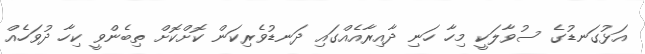
އަޅުގަނޑުގެ ސުވާލަކީ މިހާ ހަނި ދާއިރާއެއްގައި ދަނޑުވެރިކަން ކޮށްކޮށް ތިބެންވީ ކިހާ ދުވަހެއް